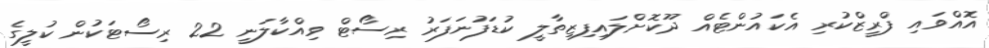
އޮއްވައި ފްރީޒްކުރި އެކައުންޓެއް ދޫކޮށްލައިފިޒިތާލީ ކުޑަފުނަފަރު ރިސޯޓް ވިއްކާލަނީ 22 ރިސޯޓަކުން ކުލީގެ